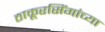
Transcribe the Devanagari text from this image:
ठाकूरसिंगांच्या